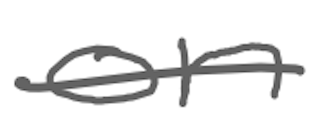
Text: on
Cross-out: single-line
Writing tool: digital_gray